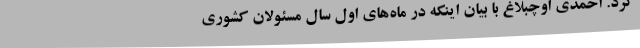
کرد. احمدی اوچبلاغ با بیان اینکه در ماه‌های اول سال مسئولان کشوری